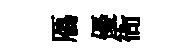
鴈優衙